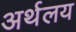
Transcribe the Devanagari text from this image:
अर्थलय